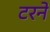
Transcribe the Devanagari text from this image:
टरने